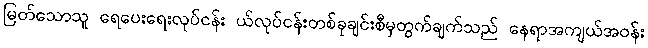
မြတ်သောသူ ရေပေးရေးလုပ်ငန်း ယ်လုပ်ငန်းတစ်ခုချင်းစီမှတွက်ချက်သည် နေရာအကျယ်အဝန်း